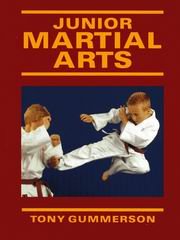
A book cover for Junior Martial Arts; Tony Gummerson; Teen & Young Adult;